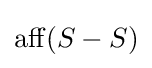
\operatorname {aff} (S-S)